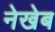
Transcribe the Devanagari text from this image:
नेखेब